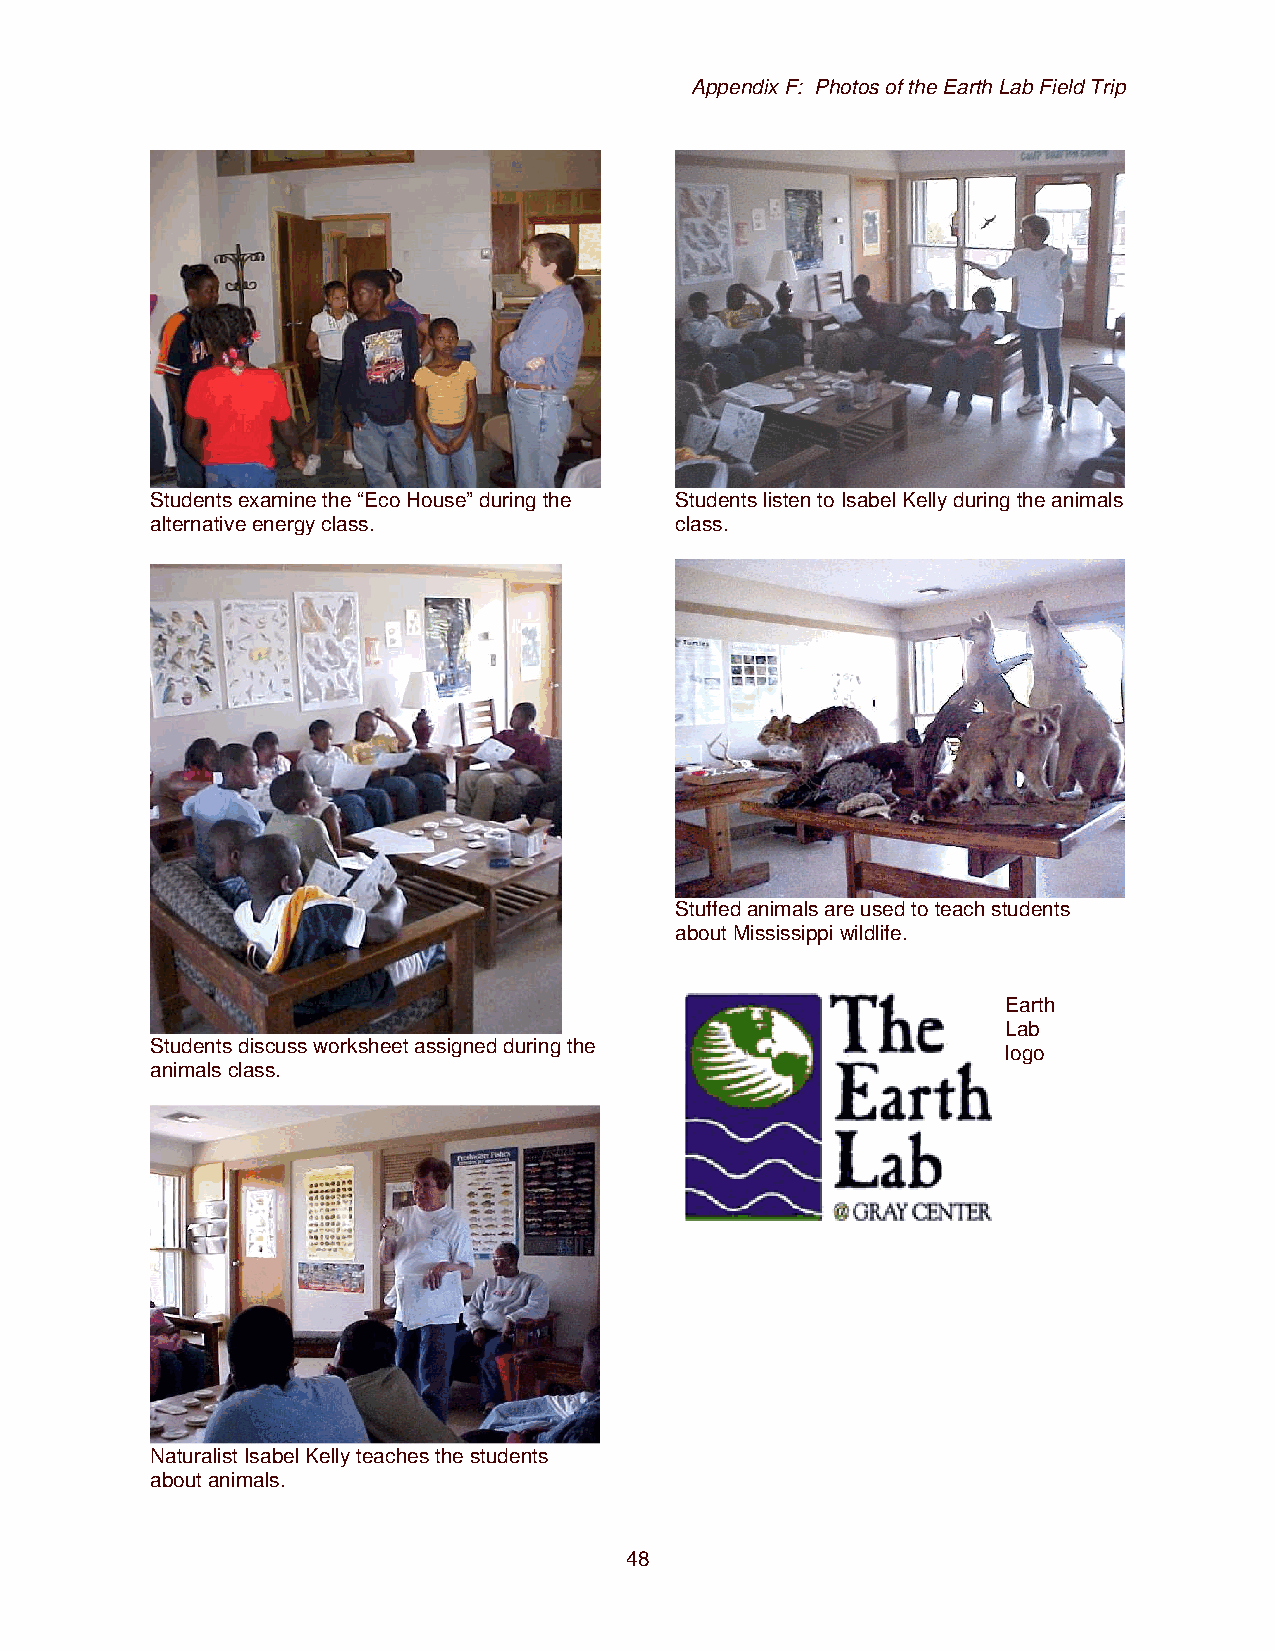
Appendix F: Photos of the Earth Lab Field Trip
 Students examine the “Eco House” during the Students listen to Isabel Kelly during the animals
 alternative energy class.          class.
 Stuffed animals are used to teach students
 about Mississippi wildlife.
 Earth
 Lab
 Students discuss worksheet assigned during the
 logo
 animals class.
 Naturalist Isabel Kelly teaches the students
 about animals.
 48